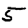
Digit: 5